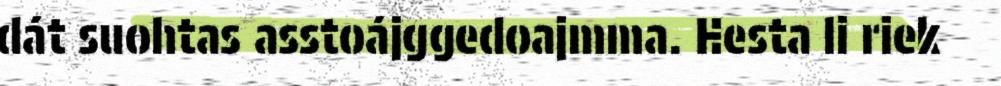
dát suohtas asstoájggedoajmma. Hesta li riek